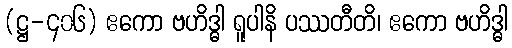
(ဋ္ဌ-၄၀၆) ဧကော ဗဟိဒ္ဓါ ရူပါနိ ပဿတီတိ၊ ဧကော ဗဟိဒ္ဓါ